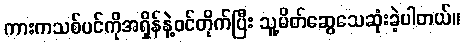
ကားကသစ်ပင်ကိုအရှိန်နဲ့ဝင်တိုက်ပြီး သူ့မိတ်ဆွေသေဆုံးခဲ့ပါတယ်။